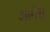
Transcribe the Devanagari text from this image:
आर्गेश